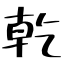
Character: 乾